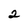
Character: 2